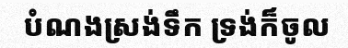
បំណងស្រង់ទឹក ទ្រង់ក៏ចូល